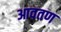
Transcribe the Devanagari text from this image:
आवतण